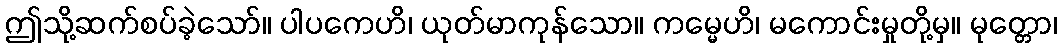
ဤသို့ဆက်စပ်ခဲ့သော်။ ပါပကေဟိ၊ ယုတ်မာကုန်သော။ ကမ္မေဟိ၊ မကောင်းမှုတို့မှ။ မုတ္တော၊